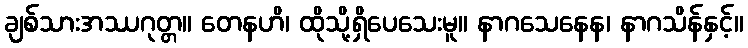
ချစ်သားအဿဂုတ္တ။ တေနဟိ၊ ထိုသို့ရှိပေသေးမူ။ နာဂသေနေန၊ နာဂသိန်နှင့်။